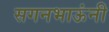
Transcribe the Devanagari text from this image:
सगनभाऊंनी